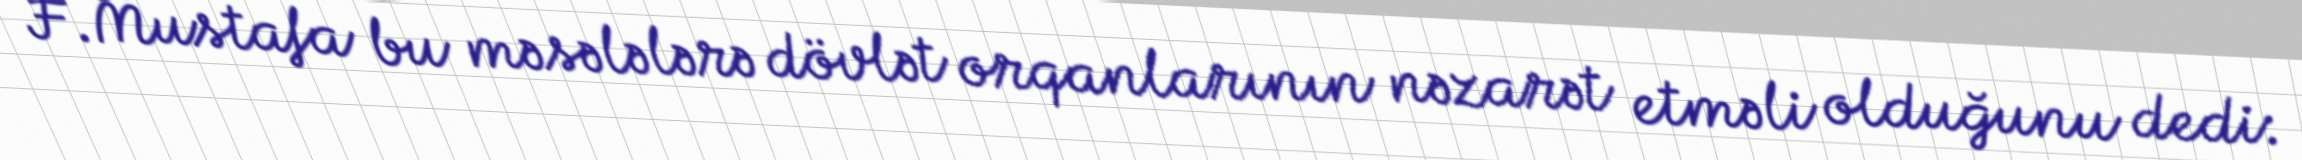
F.Mustafa bu məsələlərə dövlət orqanlarının nəzarət etməli olduğunu dedi: